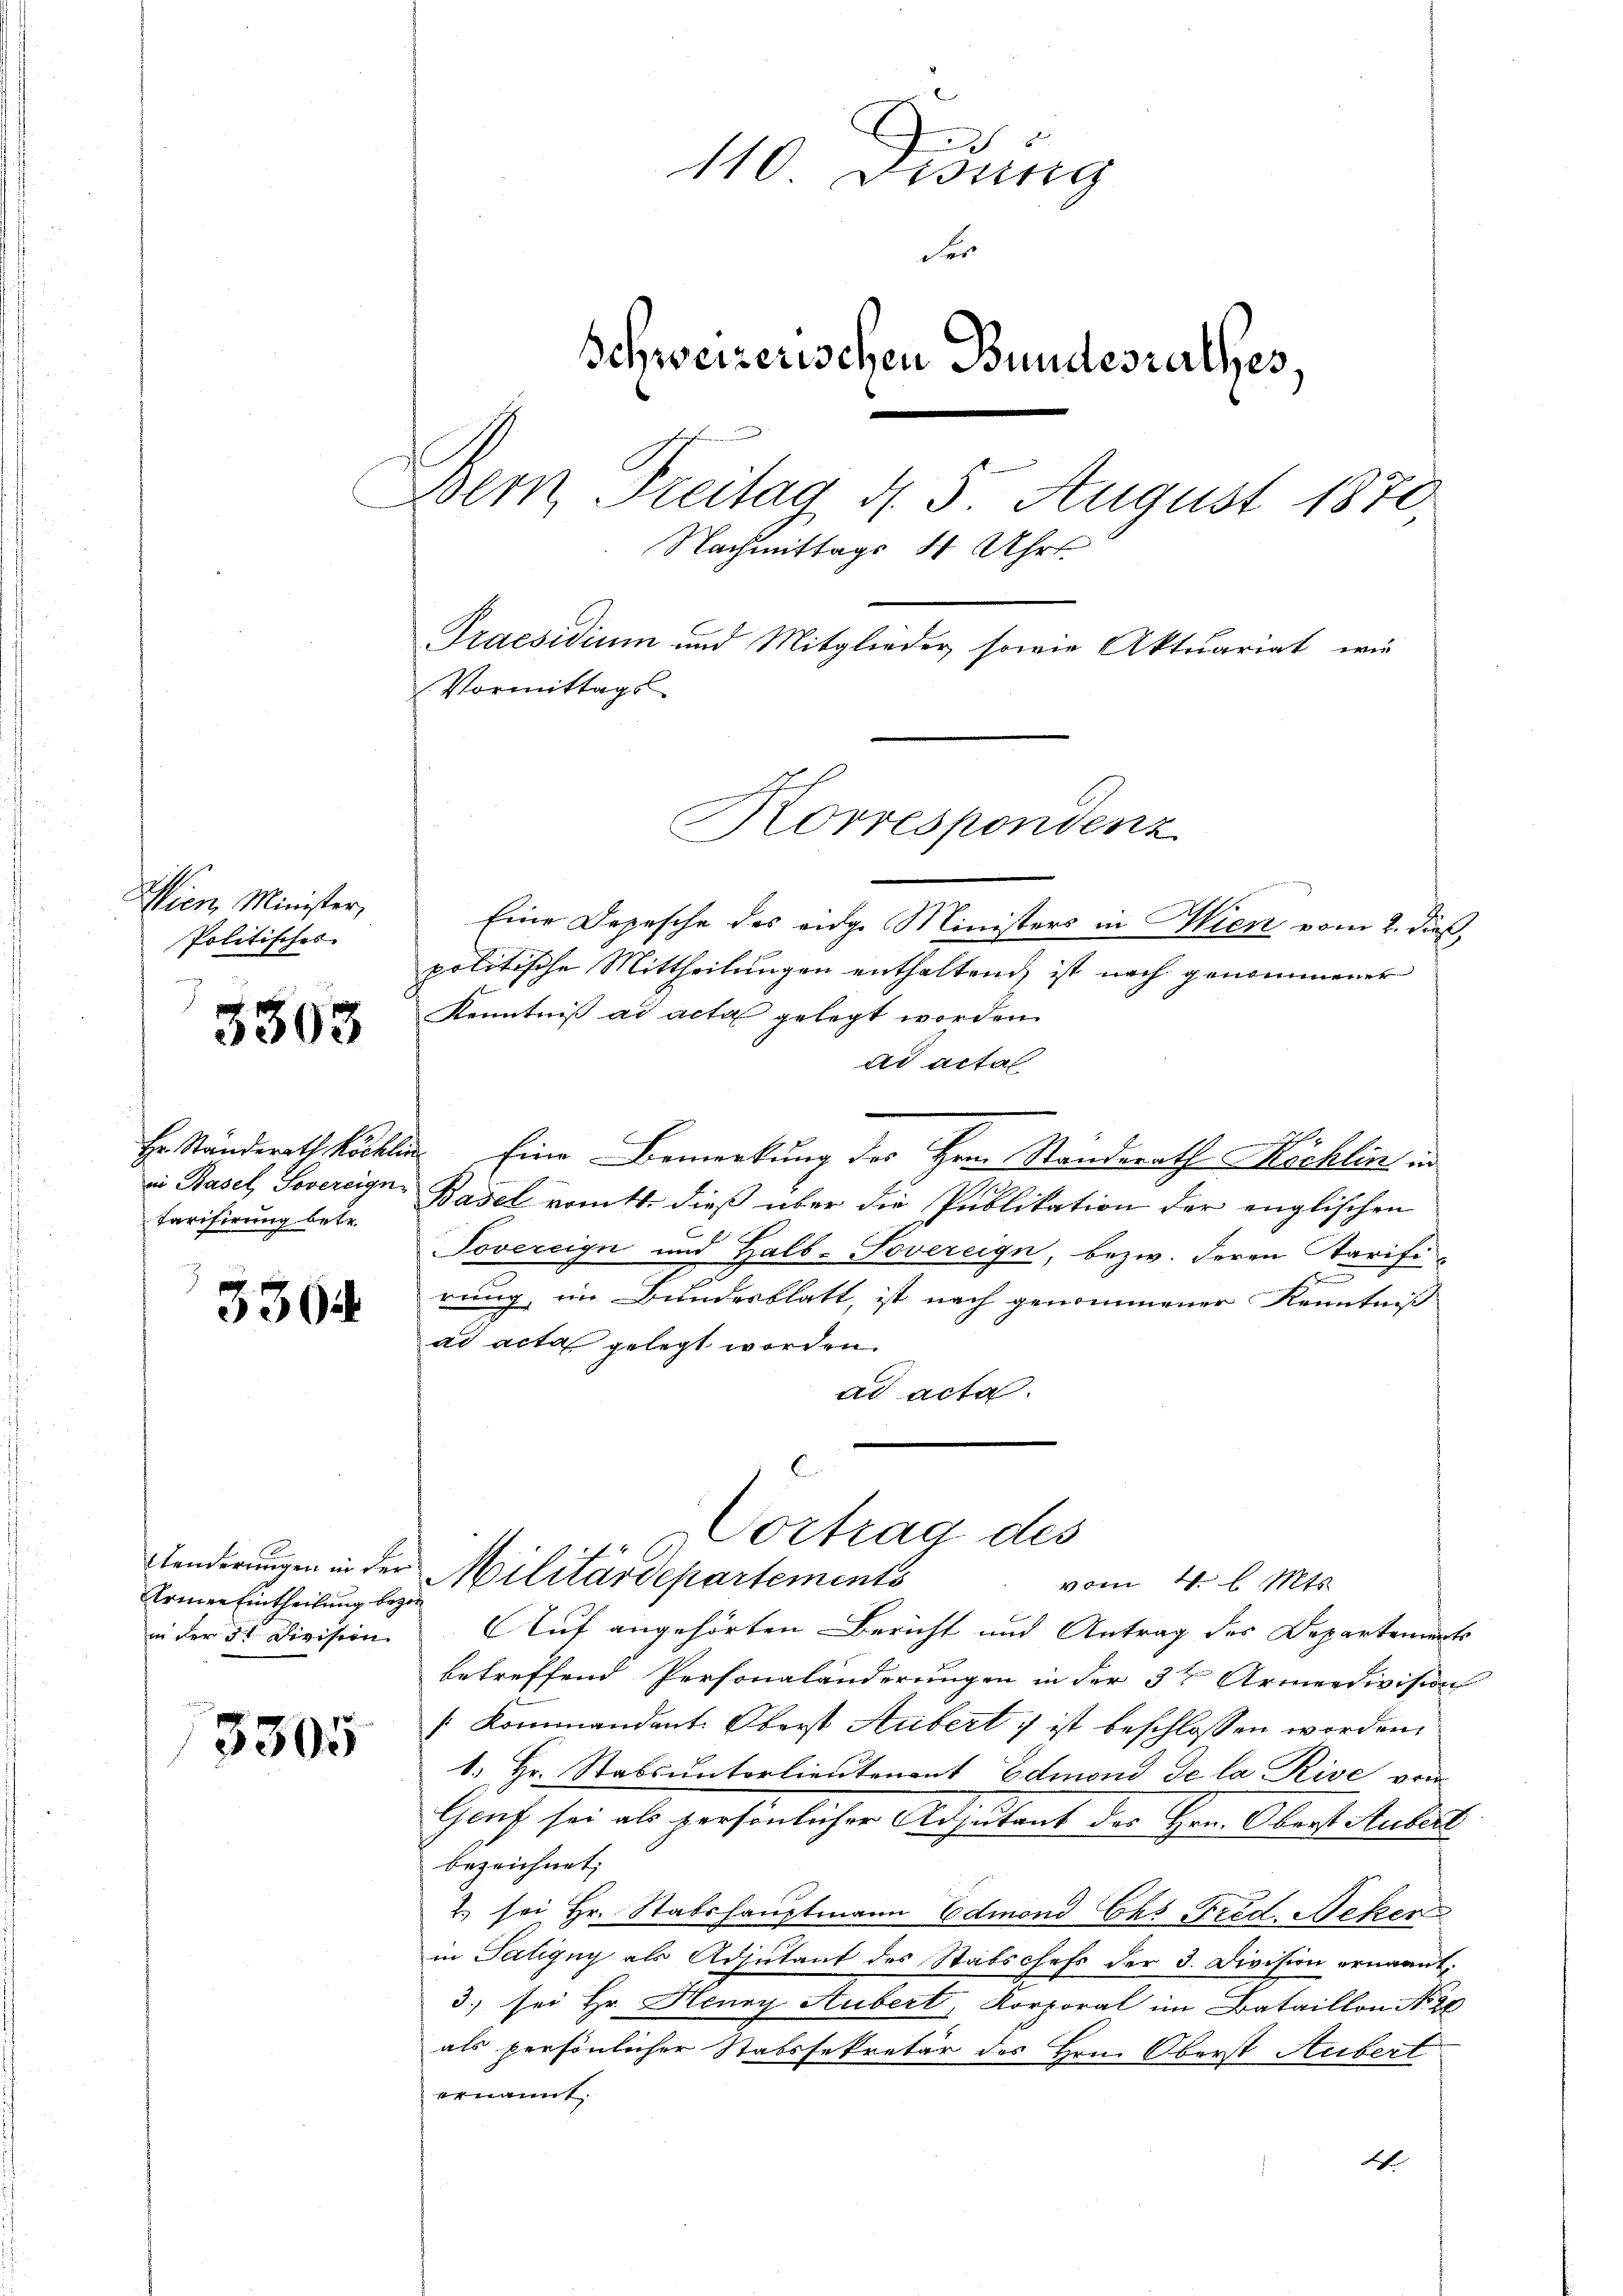
Wien, Minister,
Politisches
e

3363

Hr. Standerath Köchl
in Basel, Sovereign
Tarifirung betr.

3364

Aenderungen in der
Armen Eintheilung bez.
in der 3 Division

3305

110 Didung
der
Schweizerischen Bundesrathes.
Bem, Freitag d. 5. August 1870,
Nachmittags 4 Uhr
Praesidium und Mitglieder sowie Aktuariat wir
Vormittags

Eine Depesche des ange Ministers in Wien vom 2. dieß,
politische Mittheilungen enthaltend ist nach genommener
Kenntniß ad acta gelegt worden.
ad actal
Eine Bemerkung des Hrn. Ständerath Höchlin er
Basel vomts. dieß über die Publikation der englischen
Tovereign und Halb-Sovereign, bezw. deren Starifis
rung, im Bundesblatt, ist nach genommener Kenntniß
ad acta gelegt worden.
ad acta
Vortrag des
Militärdepartements
vom 4. l. Mts.
¬
Auf angehörten Bericht und Antrag des Departements
betreffend Personalanderungen in der 3te Armendivision
[Kommandant. Oberst Aubert ist beschlossen worden,
1. Hr. Stabsunterlieutenant Edmond de la Rive von
Gruch sei als persönlicher Adjutant des Hrn. Obers Wider
bezeichnet,
2. sei Hr. Stabshauptmann Edmond Cas Frid. Neker
in Tätigny als Adiutant des Stabschefs der 3. Division ernannt.
3.) sei Hr. Henry Aubert, Korporal im Bataillon No 28
als persönlicher Stabssekretär des Hrn. Oberst Hubert
ernannt,
Ah.

h
Korrespondenz